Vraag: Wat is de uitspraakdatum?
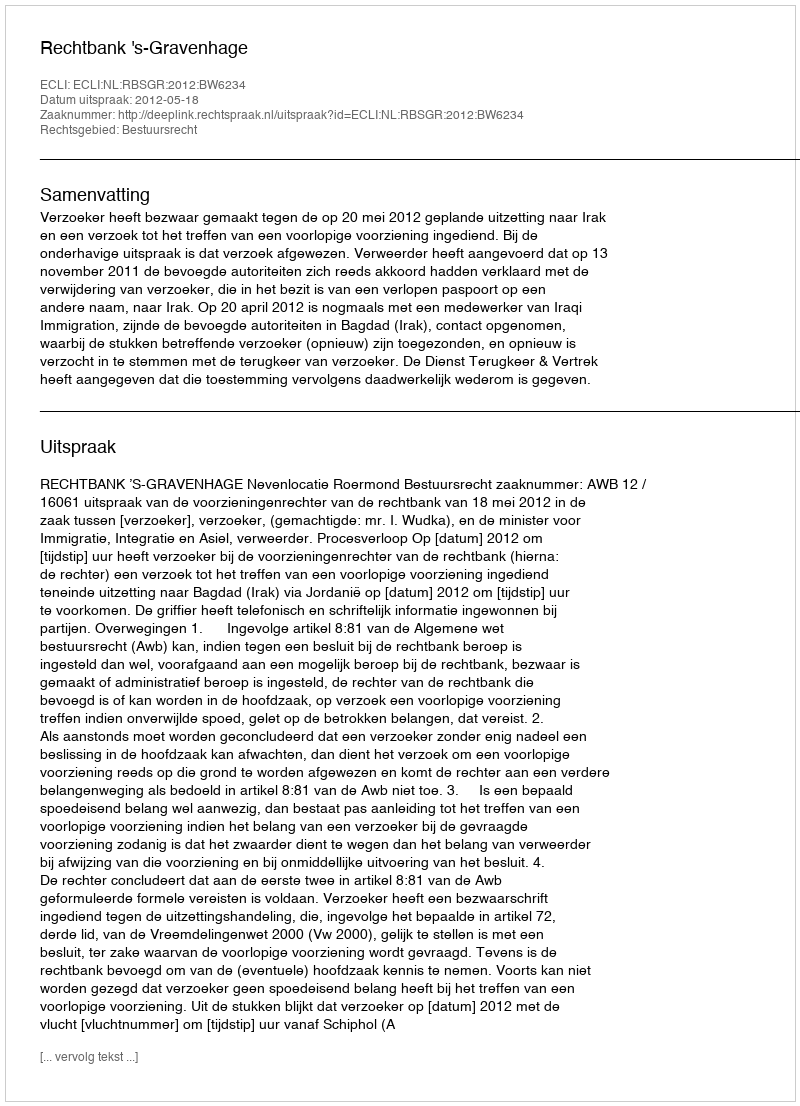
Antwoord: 2012-05-18